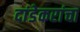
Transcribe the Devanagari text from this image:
दांडेकरांचा